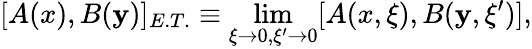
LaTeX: [A(x),B(\mathbf{y})]_{E.T.}\equiv\operatorname*{lim}_{\xi\to0,\xi^{\prime}\to0}[A(x,\xi),B(\mathbf{y},\xi^{\prime})],